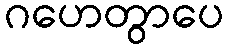
ဂဟေတွာပေ